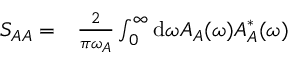
\begin{array} { r l } { S _ { A A } = } & { { } \frac { 2 } { \pi \omega _ { A } } \int _ { 0 } ^ { \infty } \mathrm { d } \omega A _ { A } ( \omega ) A _ { A } ^ { * } ( \omega ) } \end{array}